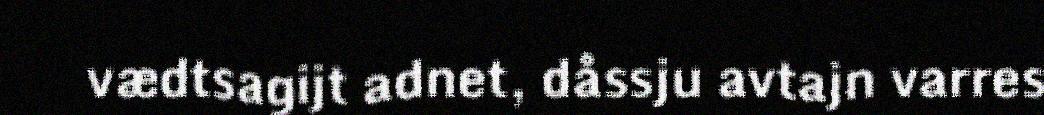
vædtsagijt adnet, dåssju avtajn varres